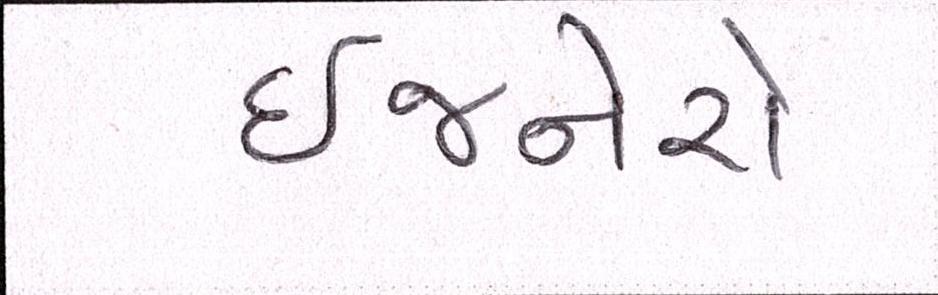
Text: ઈજનેરો